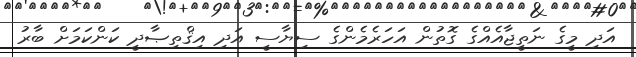
އަދި މީގެ ނަތީޖާއެއްގެ ގޮތުން އަހަރެމެންގެ ސިޔާސީ އަދި އިޤްތިޞާދީ ކަންކަމަށް ބާރު